Report on vaccination in Madras 1877-1894 - 1877-1894
Year: 1877
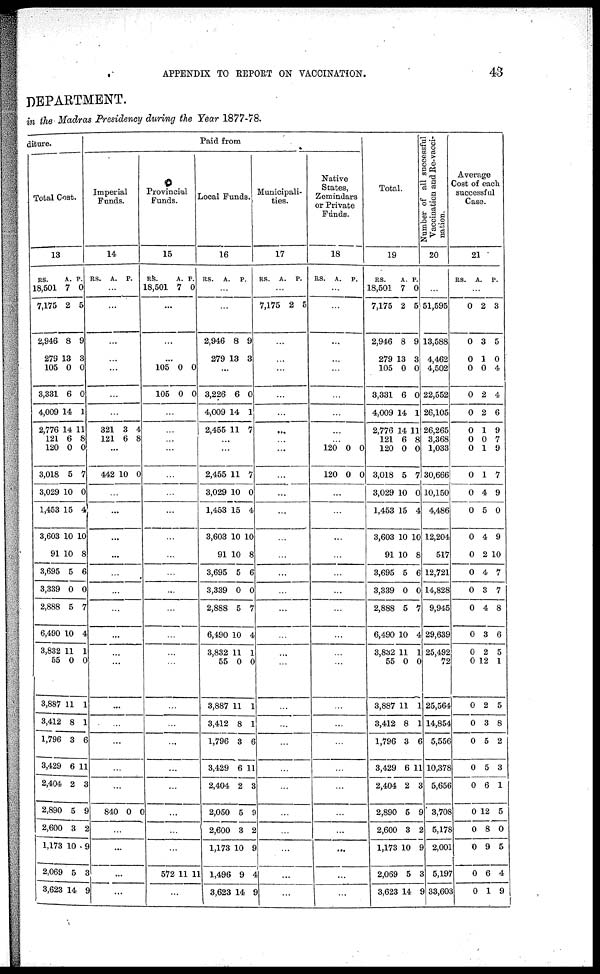
APPENDIX TO REPORT ON VACCINATION.
43
DEPARTMENT.
in the Madras Presidency during the Year 1877-78.
diture.
Total Cost.
13
RS.
18,501
7,175
2,946
279
105
3,331
4,009
2,776
121
120
3,018
3,029
1,453
3,603
91
3,695
3,339
2,888
6,490
3,832
55
3,887
3,412
1,796
3,429
2,404
2,890
2,600
1,173
2,069
3,628
A.
7
2
8
13
0
6
14
14
6
0
5
10
15
10
10
5
0
5
10
11
0
11
8
3
6
2
5
3
10
5
14
P.
0
5
9
3
0
0
1
11
8
0
7
0
4
10
8
6
0
7
4
1
0
1
1
6
11
3
9
2
9
3
9
Paid from
Imperial
Funds.
14
RS.
A.
P.
...
...
...
...
...
...
...
321
121
3
6
4
8
...
442 10 0
...
...
...
...
...
...
...
...
...
...
...
...
...
...
...
840 0 0
...
...
...
...
Provincial
Funds.
15
RS.
18,501
A.
7
P.
0
...
...
...
105
105
0
0
0
0
...
...
...
...
...
...
...
...
...
...
...
...
...
...
...
...
...
...
...
...
...
...
...
572 11 11
...
Local Funds.
16
RS.
A.
P.
...
...
2,946
279
8
13
9
3
...
3,226
4,009
2,455
6
14
11
0
1
7
...
...
2,455
3,029
1,453
3,603
91
3,695
3,339
2,888
6,490
3,832
55
3,887
3,412
1,796
3,429
2,404
2,050
2,600
1,173
1,496
3,623
11
10
15
10
10
5
0
5
10
11
0
11
8
3
6
2
5
3
10
9
14
7
0
4
10
8
6
0
7
4
1
0
1
1
6
11
3
9
2
9
4
9
Municipali-
ties.
17
RS.
A.
P.
...
7,175 2 5
...
...
...
...
...
...
...
...
...
...
...
...
...
...
...
...
...
...
...
...
...
...
...
...
...
...
...
...
...
Native
States,
Zemindars
or Private
Funds.
18
RS.
A.
P.
...
...
...
...
...
...
...
...
...
120
120
0
0
0
0
...
...
...
...
...
...
...
...
...
...
...
...
...
...
...
...
...
...
...
...
Total.
19
RS.
18,501
7,175
2,946
279
105
3,331
4,009
2,776
121
120
3,018
3,029
1,453
3,603
91
3,695
3,339
2,888
6,490
3,832
55
3,887
3,412
1,796
3,429
2,404
2,890
2,600
1,173
2,069
3,623
A.
7
2
8
13
0
6
14
14
6
0
5
10
5
10
10
5
0
5
10
11
0
11
8
3
6
2
5
3
10
5
14
P.
0
5
9
3
0
0
1
11
8
0
7
0
4
10
8
6
0
7
4
1
0
1
1
6
11
3
9
2
9
3
9
Number of all successful
Vaccination and Re-vacci-
nation.
20
...
51,595
13,588
4,462
4,502
22,552
26,105
26,265
3,368
1,033
30,666
10,150
4,486
12,204
517
12,721
14,828
9,945
29,639
25,492
72
25,564
14,854
5,556
10,378
5,656
3,708
5,178
2,001
5,197
33,603
Average
Cost of each
successful
Case.
21
RS.
A. P.
...
0
0
0
0
0
0
0
0 0
0
0
0
0
0
0
0
0
0
0
0
0
0
0
0
0
0
0
0
0
0
2
3
1
0
2
2
1
0
1
1
4
5
4
2
4
3
4
3
2
12
2
3
5
5
6
12
8
9
6
1
3
5
0
4
4
6
9
7
9
7
9
0
9
10
7
7
8
6
5
1
5
8
2
3
1
5
0
5
4
9